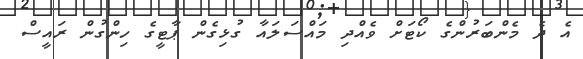
އެ ދެ މެންބަރުންގެ ކޯޓަށް ވެއްދި މައްސަލައާ ގުޅިގެން ޕާޓީގެ ހިންގުން ރައީސް